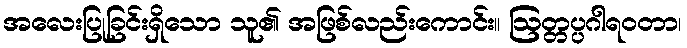
အလေးပြုခြင်းရှိသော သူ၏ အဖြစ်လည်းကောင်း။ ဩတ္တပ္ပဂါရဝတာ၊